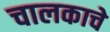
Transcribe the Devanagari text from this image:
चालकाचे